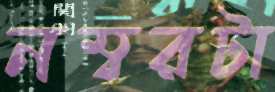
নম্বরটা